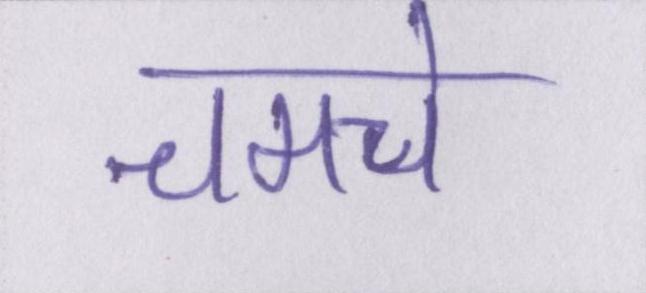
चमचे